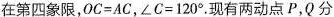
在第四象限，$$O C = A C$$，$$∠ C = 1 2 0 °$$。现有两动点 P，Q 分